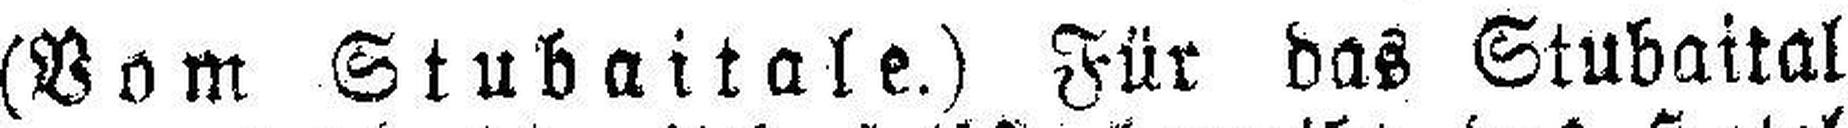
(Vom Stubaitale.) Für das Stubaital